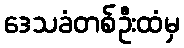
ဒေသခံတစ်ဦးထံမှ